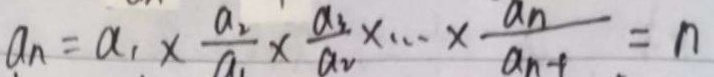
a _ { n } = a _ { 1 } \times \frac { a _ { 2 } } { a _ { 1 } } \times \frac { a _ { 3 } } { a _ { 2 } } \times \cdots \times \frac { a _ { n } } { a _ { n - 1 } } = n